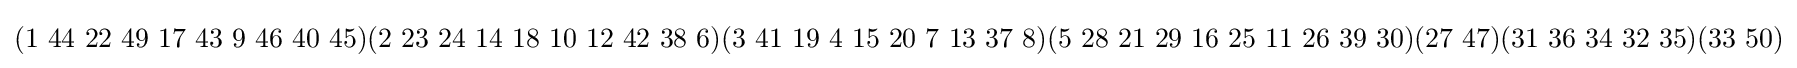
(1\ 44\ 22\ 49\ 17\ 43\ 9\ 46\ 40\ 45)(2\ 23\ 24\ 14\ 18\ 10\ 12\ 42\ 38\ 6)(3\ 41\ 19\ 4\ 15\ 20\ 7\ 13\ 37\ 8)(5\ 28\ 21\ 29\ 16\ 25\ 11\ 26\ 39\ 30)(27\ 47)(31\ 36\ 34\ 32\ 35)(33\ 50)